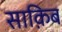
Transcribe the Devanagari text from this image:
साक़िब